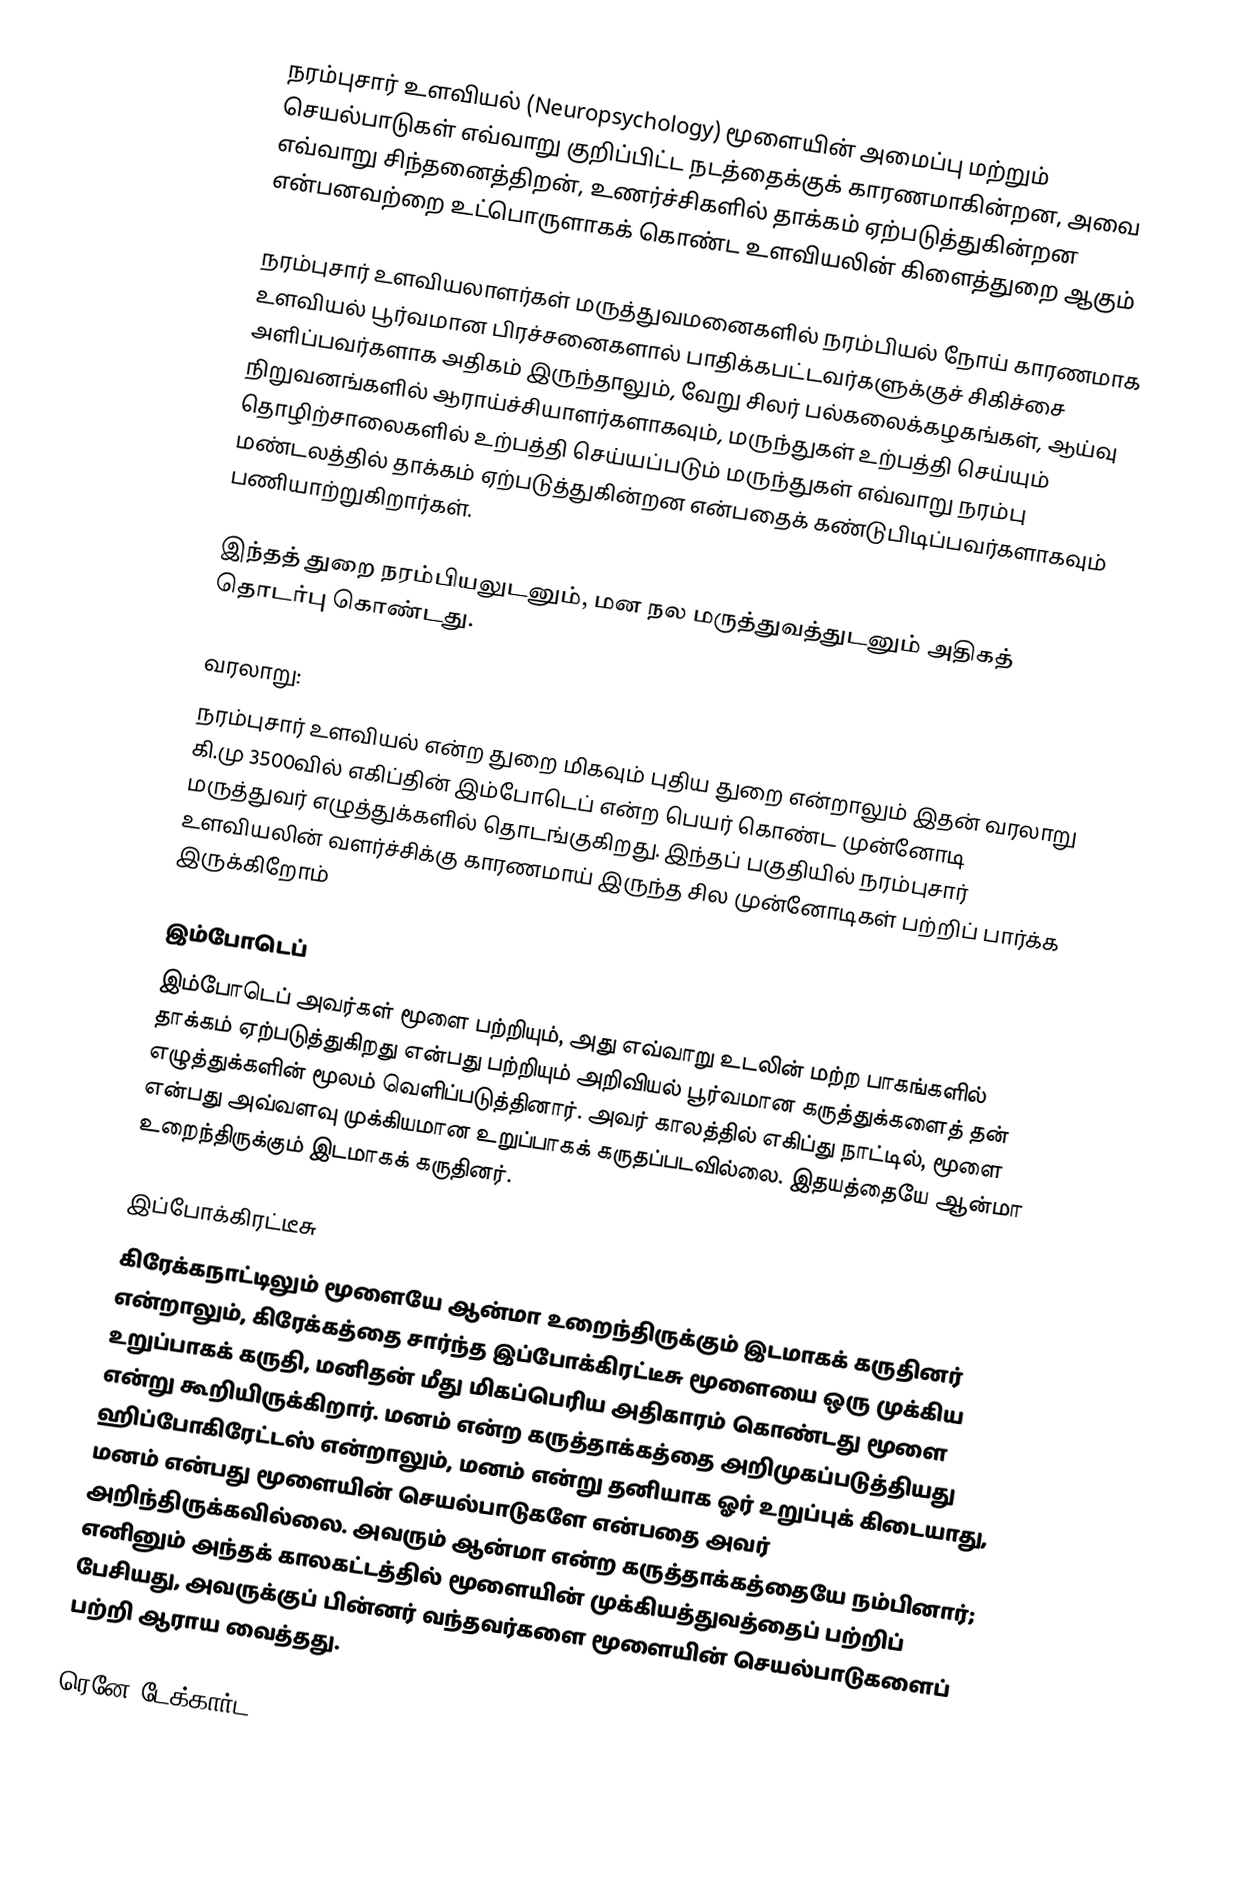
நரம்புசார் உளவியல் (Neuropsychology) மூளையின் அமைப்பு மற்றும் செயல்பாடுகள் எவ்வாறு குறிப்பிட்ட நடத்தைக்குக் காரணமாகின்றன, அவை எவ்வாறு சிந்தனைத்திறன், உணர்ச்சிகளில் தாக்கம் ஏற்படுத்துகின்றன என்பனவற்றை உட்பொருளாகக் கொண்ட உளவியலின் கிளைத்துறை ஆகும்

நரம்புசார் உளவியலாளர்கள் மருத்துவமனைகளில் நரம்பியல் நோய் காரணமாக உளவியல் பூர்வமான பிரச்சனைகளால் பாதிக்கபட்டவர்களுக்குச் சிகிச்சை அளிப்பவர்களாக அதிகம் இருந்தாலும், வேறு சிலர் பல்கலைக்கழகங்கள், ஆய்வு நிறுவனங்களில் ஆராய்ச்சியாளர்களாகவும், மருந்துகள் உற்பத்தி செய்யும் தொழிற்சாலைகளில் உற்பத்தி செய்யப்படும் மருந்துகள் எவ்வாறு நரம்பு மண்டலத்தில் தாக்கம் ஏற்படுத்துகின்றன என்பதைக் கண்டுபிடிப்பவர்களாகவும் பணியாற்றுகிறார்கள்.

இந்தத் துறை நரம்பியலுடனும், மன நல மருத்துவத்துடனும் அதிகத் தொடர்பு கொண்டது.

வரலாறு:
நரம்புசார் உளவியல் என்ற துறை மிகவும் புதிய துறை என்றாலும் இதன் வரலாறு கி.மு 3500வில் எகிப்தின் இம்போடெப் என்ற பெயர் கொண்ட முன்னோடி மருத்துவர் எழுத்துக்களில் தொடங்குகிறது. இந்தப் பகுதியில் நரம்புசார் உளவியலின் வளர்ச்சிக்கு காரணமாய் இருந்த சில முன்னோடிகள் பற்றிப் பார்க்க இருக்கிறோம்

இம்போடெப்
இம்போடெப் அவர்கள் மூளை பற்றியும், அது எவ்வாறு உடலின் மற்ற பாகங்களில் தாக்கம் ஏற்படுத்துகிறது என்பது பற்றியும் அறிவியல் பூர்வமான கருத்துக்களைத் தன் எழுத்துக்களின் மூலம் வெளிப்படுத்தினார். அவர் காலத்தில் எகிப்து நாட்டில், மூளை என்பது அவ்வளவு முக்கியமான உறுப்பாகக் கருதப்படவில்லை. இதயத்தையே ஆன்மா உறைந்திருக்கும் இடமாகக் கருதினர்.

இப்போக்கிரட்டீசு
கிரேக்கநாட்டிலும் மூளையே ஆன்மா உறைந்திருக்கும் இடமாகக் கருதினர் என்றாலும், கிரேக்கத்தை சார்ந்த இப்போக்கிரட்டீசு மூளையை ஒரு முக்கிய உறுப்பாகக் கருதி, மனிதன் மீது மிகப்பெரிய அதிகாரம் கொண்டது மூளை என்று கூறியிருக்கிறார். மனம் என்ற கருத்தாக்கத்தை அறிமுகப்படுத்தியது ஹிப்போகிரேட்டஸ் என்றாலும், மனம் என்று தனியாக ஓர் உறுப்புக் கிடையாது, மனம் என்பது மூளையின் செயல்பாடுகளே என்பதை அவர் அறிந்திருக்கவில்லை. அவரும் ஆன்மா என்ற கருத்தாக்கத்தையே நம்பினார்; எனினும் அந்தக் காலகட்டத்தில் மூளையின் முக்கியத்துவத்தைப் பற்றிப் பேசியது, அவருக்குப் பின்னர் வந்தவர்களை மூளையின் செயல்பாடுகளைப் பற்றி ஆராய வைத்தது.

ரெனே டேக்கார்ட